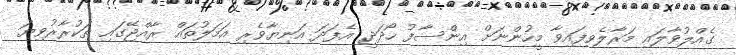
ގެއްލުވާލައި މަރާލެވިފައިވާ މީހުންނަށް އިންސާފު ހޯދަދީ